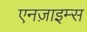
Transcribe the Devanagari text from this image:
एनज़ाइम्स